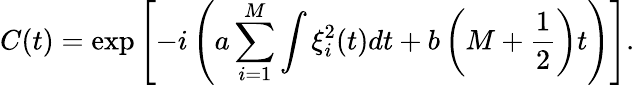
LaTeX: C(t)=\exp\left[-i\left(a\sum_{i=1}^{M}\int\xi_{i}^{2}(t)dt+b\left(M+\frac{1}{2}\right)t\right)\right].